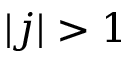
| j | > 1